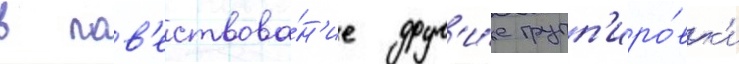
в пов'ествова́н'ие друг'и́е групп'иро́вк'и